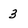
Character: 3